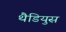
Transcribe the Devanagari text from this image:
थैडियुस